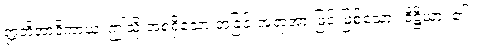
ဣတိအာဒိကာယ၊ ဤသို့ အစရှိသော အခြင်းအရာအားဖြင့် ဖြစ်သော။ ဒိဋ္ဌိယာ၊ ၏။